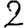
Digit: 2